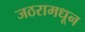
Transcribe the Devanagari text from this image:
जठरामधून